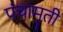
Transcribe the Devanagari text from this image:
पंचामृती